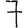
Digit: 7